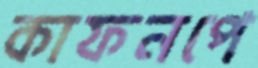
কাফনপে